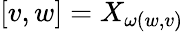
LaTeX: [v,w]=X_{\omega(w,v)}